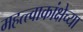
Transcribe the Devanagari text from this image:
महत्त्वाकांक्षेच्या